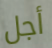
أجل